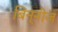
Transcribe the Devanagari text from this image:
बिन्नीज